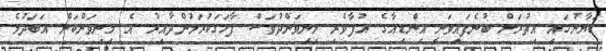
ބަޔާނުގައި އިތުރަށް ބުނެފައިވަނީ އިންޑިއާގެ އުފާވެރި މިނިވަންދުވަސް ފާހަގަކުރަމުންދާއިރު އެ މިނިވަންކަން އަބަދުމެ